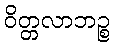
ဝိတ္တလာဘဉ္စ